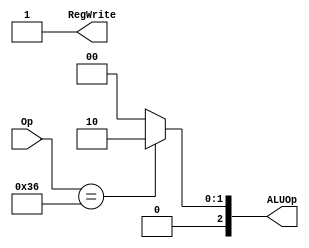
module Control(
input [5:0]Op,
output reg RegWrite,
output reg [2:0]ALUOp
);

always@(Op)begin
    RegWrite <= 1;
    case(Op)
        6'd54:
            ALUOp <= 3'b010;
        default:
            ALUOp <= 3'b000;
            
    endcase


end

endmodule